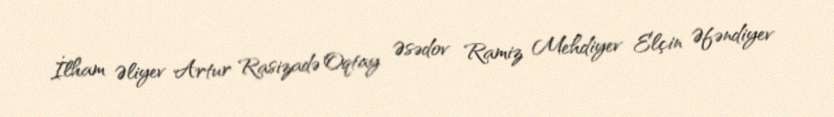
İlham Əliyev Artur Rasizadə Oqtay Əsədov Ramiz Mehdiyev Elçin Əfəndiyev